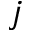
j